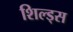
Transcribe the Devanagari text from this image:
शिल्ड्स